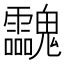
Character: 𩵀